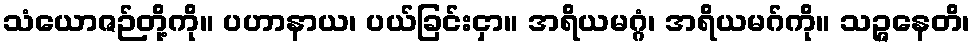
သံယောဇဉ်တို့ကို။ ပဟာနာယ၊ ပယ်ခြင်းငှာ။ အရိယမဂ္ဂံ၊ အရိယမဂ်ကို။ သဉ္ဇနေတိ၊